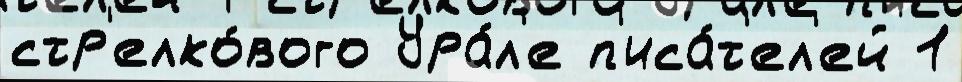
стр'елко́вого Ура́л'е п'иса́т'ел'ей 1